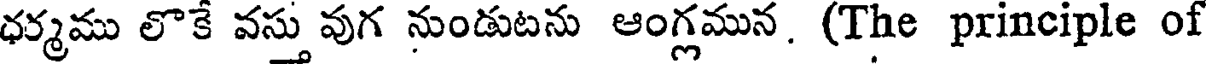
ధర్మము లొకే వస్తు వుగ నుండుటను ఆంగ్లమున. (The principle of